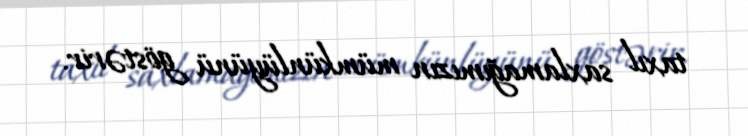
taxıl saxlamağımızın mümkünlüyünü göstərir.